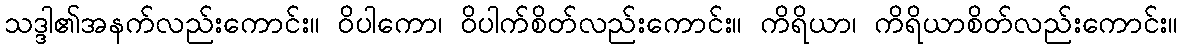
သဒ္ဒါ၏အနက်လည်းကောင်း။ ဝိပါကော၊ ဝိပါက်စိတ်လည်းကောင်း။ ကိရိယာ၊ ကိရိယာစိတ်လည်းကောင်း။